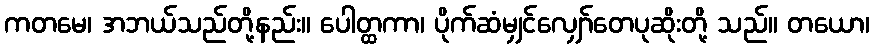
ကတမေ၊ အဘယ်သည်တို့နည်း။ ပေါတ္ထကာ၊ ပိုက်ဆံမျှင်လျှော်တေပုဆိုးတို့ သည်။ တယော၊